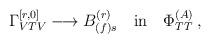
LaTeX: \begin{align*}\Gamma^{[r,0]}_{VTV} \longrightarrow B^{(r)}_{(f)s} \quad {\rm{in}}\quad \Phi^{(A)}_{TT} \, ,\end{align*}